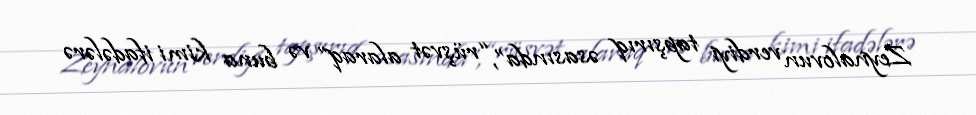
Zeynalovun verdiyi tapşırıq əsasında”, “rüşvət alaraq” və buna kimi ifadələrə